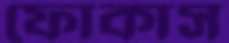
ফোকাস